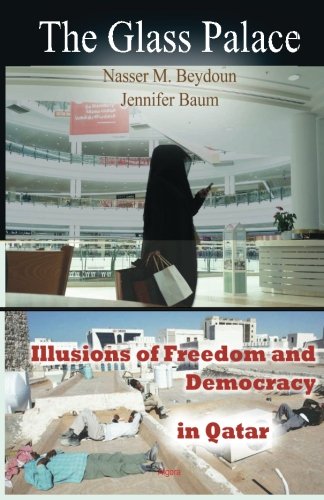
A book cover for The Glass Palace: Illusions of Freedom and Democracy in Qatar; Nasser M. Beydoun; History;